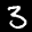
Label: 3